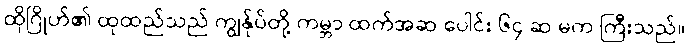
ထိုဂြိုဟ်၏ ထုထည်သည် ကျွန်ုပ်တို့ ကမ္ဘာ ထက်အဆ ပေါင်း ၆၄ ဆ မက ကြီးသည်။